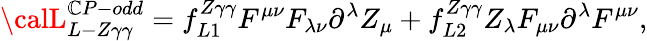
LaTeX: {\calL}_{L-Z\gamma\gamma}^{\mathbb{C}P-odd}=f_{L1}^{Z\gamma\gamma}F^{\mu\nu}F_{\lambda\nu}\partial^{\lambda}Z_{\mu}+f_{L2}^{Z\gamma\gamma}Z_{\lambda}F_{\mu\nu}\partial^{\lambda}F^{\mu\nu},